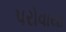
પરોવાયા